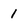
Character: 1